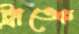
ট্রাঙ্কে